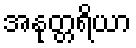
အနုတ္တရိယာ